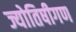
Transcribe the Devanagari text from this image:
ज्योतिषीगण